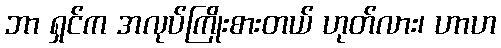
ဘာ ရှင်က အလုပ်ကြိုးစားတယ် ဟုတ်လား၊ ဟာဟ